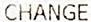
CHANGE